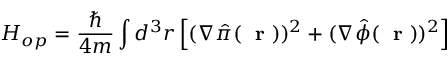
H _ { o p } = \frac { \hbar } { 4 m } \int d ^ { 3 } r \left[ ( \nabla \hat { \pi } ( \mathrm { ~ \bf ~ r ~ } ) ) ^ { 2 } + ( \nabla \hat { \phi } ( \mathrm { ~ \bf ~ r ~ } ) ) ^ { 2 } \right]